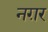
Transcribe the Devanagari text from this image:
नग़र